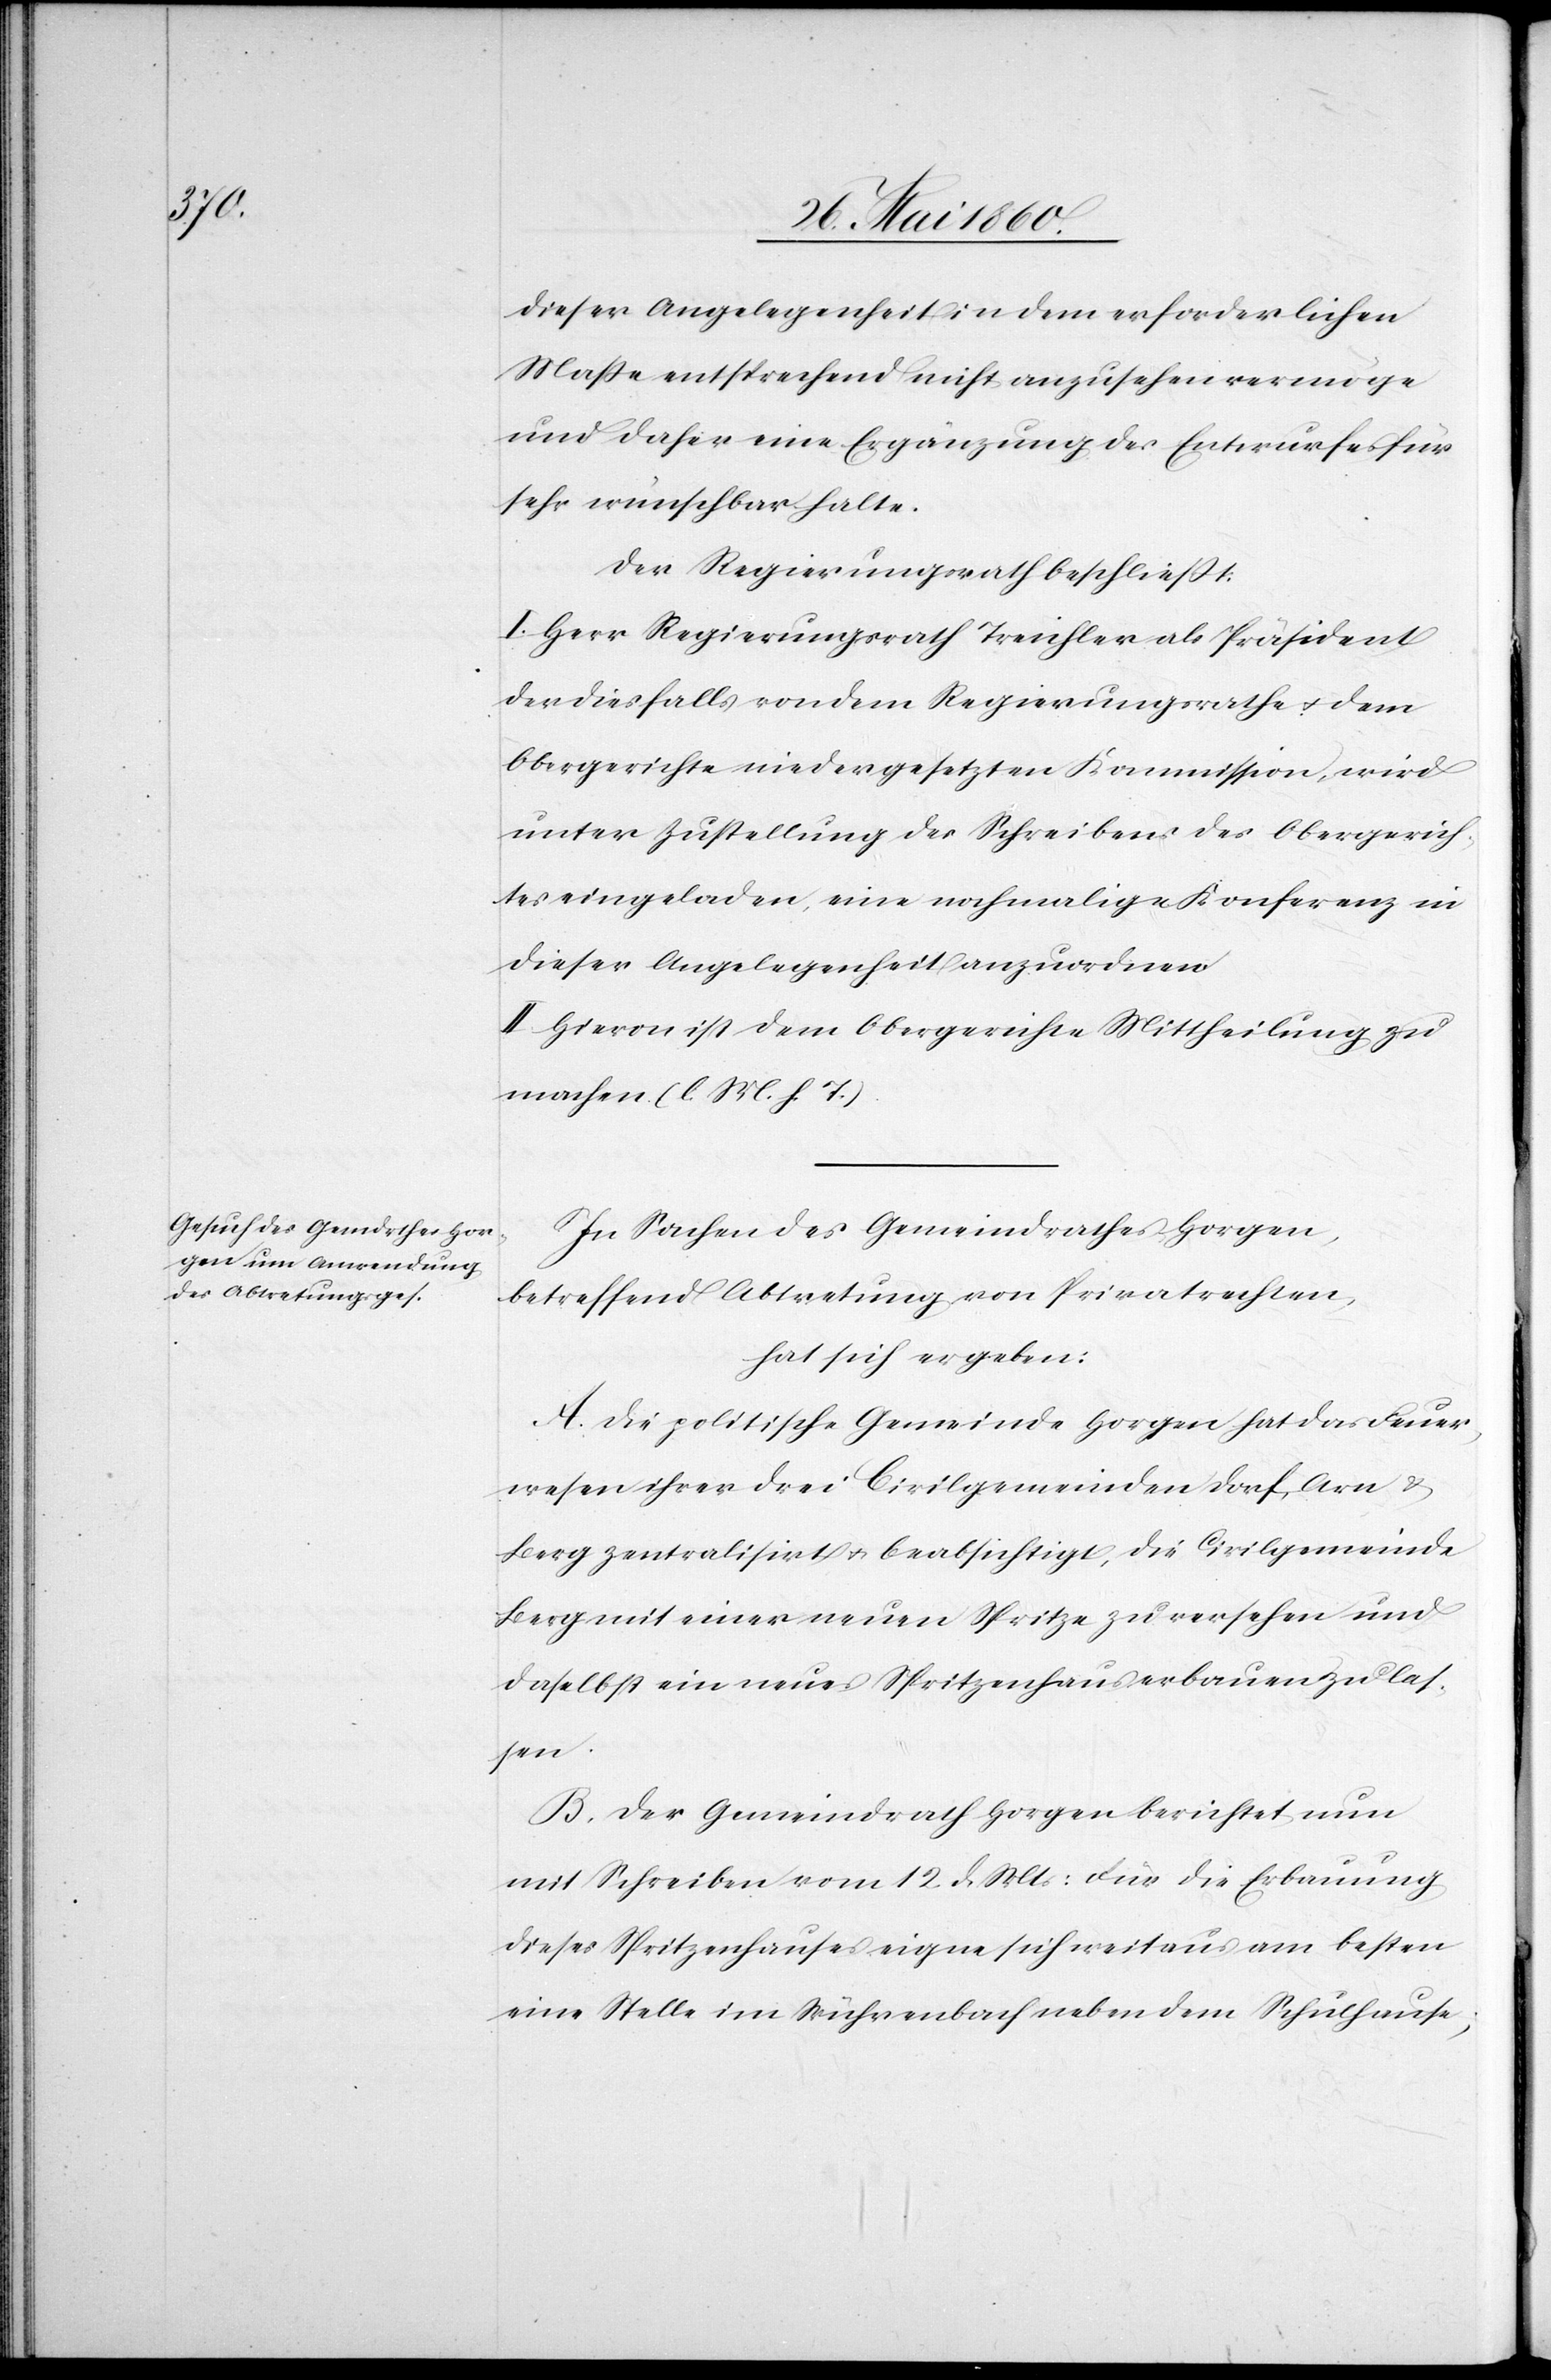
dieser Angelegenheit in dem erforderlichen
Masse entsprechend nicht anzusehen vermöge
und daher eine Ergänzung des Entwurfes für
sehr wünschbar halte.
Der Regierungsrath beschliesst:
I. Herr Regierungsrath Treichler als Präsident
der diesfalls von dem Regierungsrathe u. dem
Obergerichte niedergesetzten Kommission, wird
unter Zustellung des Schreibens des Obergerich¬
tes eingeladen, eine nochmalige Konferenz in
dieser Angelegenheit anzuordnen.
II. Hievon ist dem Obergerichte Mittheilung zu
machen. (l. M. h. T.)
In Sachen des Gemeindrathes Horgen,
betreffend Abtretung von Privatrechten,
hat sich ergeben:
A. Die politische Gemeinde Horgen hat das Feuer¬
wesen ihrer drei Civilgemeinden Dorf, Arn u.
Berg zentralisirt u. beabsichtigt, die Civilgemeinde
Berg mit einer neuen Spritze zu versehen und
daselbst ein neues Spritzenhaus erbauen zu las¬
sen.
B. Der Gemeindrath Horgen berichtet nun
mit Schreiben vom 12. d. Mts: Für die Erbauung
dieses Spritzenhauses eigne sich weitaus am besten
eine Stelle im Wührenbach neben dem Schulhause,